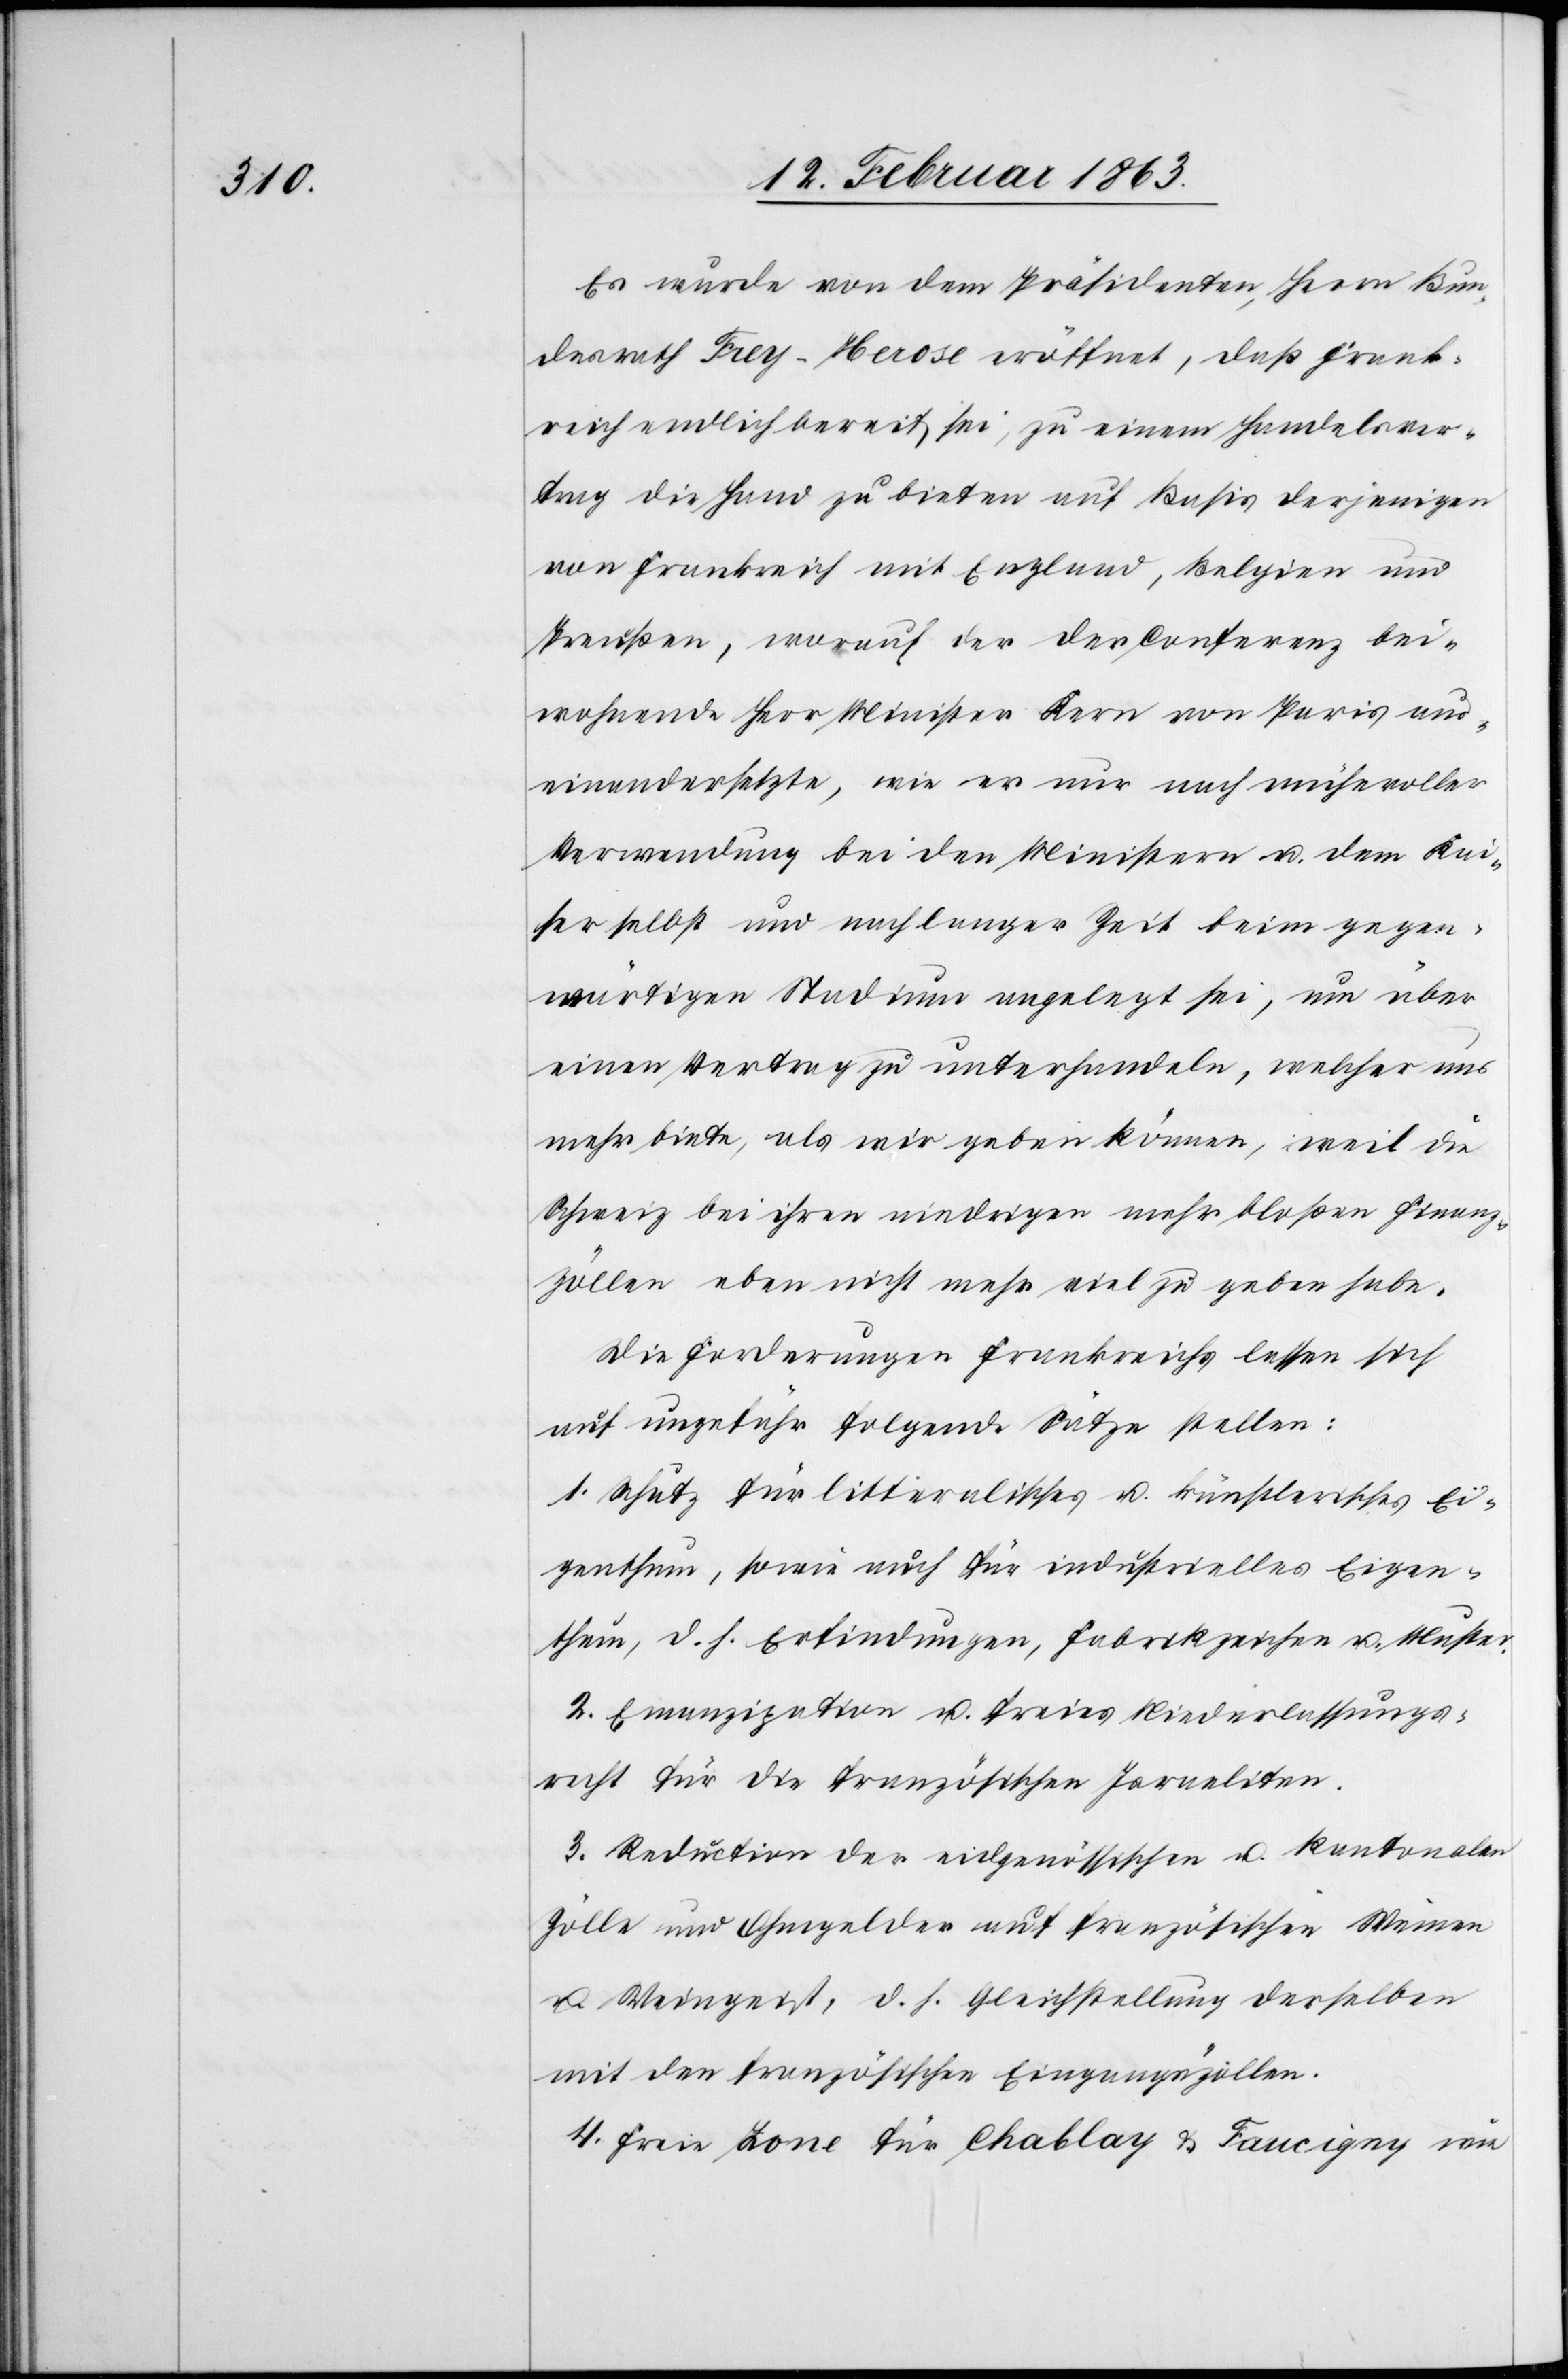
Es wurde von dem Präsidenten, Herrn Bun¬
desrath Frey-Herose eröffnet, daß Frank¬
reich endlich bereit sei, zu einem Handelsver¬
trag die Hand zu bieten auf Basis derjenigen
von Frankreich mit England, Belgien und
Preußen, worauf der der Conferenz bei¬
wohnende Herr Minister Kern von Paris aus¬
einandersetzte, wie er nur nach mühevoller
Verwendung bei den Ministern u. dem Kai¬
ser selbst und nach langer Zeit beim gegen¬
wärtigen Stadium angelegt sei, um über
einen Vertrag zu unterhandeln, welcher uns
mehr biete, als wir geben können, weil die
Schweiz bei ihren niedrigen mehr bloßen Finanz¬
zöllen eben nicht mehr viel zu geben habe.
Die Forderungen Frankreichs lassen sich
auf ungefähr folgende Sätze stellen:
1. Schutz für litteralisches u. künstlerisches Ei¬
genthum, sowie auch für industrielles Eigen¬
thum, d. h. Erfindungen, Fabrikzeichen u. Muster.
2. Emanzipation u. freies Niederlassungs¬
recht für die französischen Israeliten.
3. Reduction der eidgenössischen u. kantonalen
Zölle und Ohmgelder auf französischen Weinen
u. Weingeist, d. h. Gleichstellung derselben
mit den französischen Eingangszöllen.
4. Freie Zone für Chablay & Faucigny wie